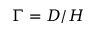
\Gamma = D / H